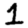
Digit: 1